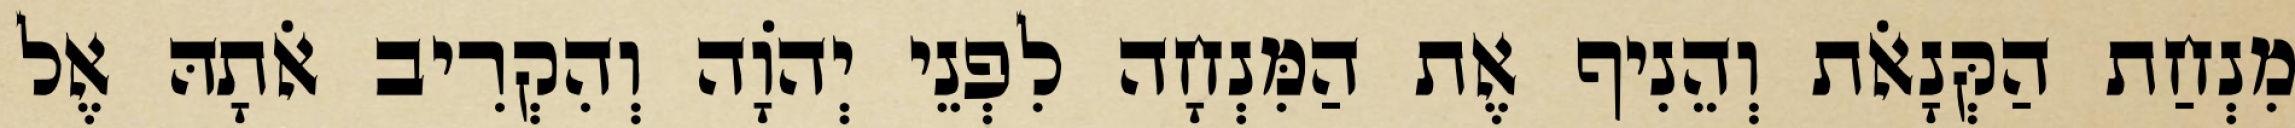
מִנְחַת הַקְּנָאֹת וְהֵנִיף אֶת הַמִּנְחָה לִפְנֵי יְהֹוָה וְהִקְרִיב אֹתָהּ אֶל